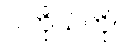
ငါကိုယ်တိုင်